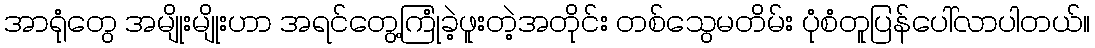
အာရုံတွေ အမျိုးမျိုးဟာ အရင်တွေ့ကြုံခဲ့ဖူးတဲ့အတိုင်း တစ်သွေမတိမ်း ပုံစံတူပြန်ပေါ်လာပါတယ်။